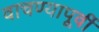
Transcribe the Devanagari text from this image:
वाचण्यापूर्वी